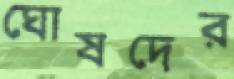
ঘোষদের